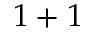
1 + 1